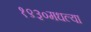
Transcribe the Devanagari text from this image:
१९३०मधल्या